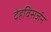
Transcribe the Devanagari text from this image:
देहविसर्जन